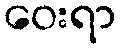
ဝေးရာ